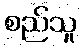
စည်သူ